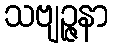
သဗျဉ္ဇနာ